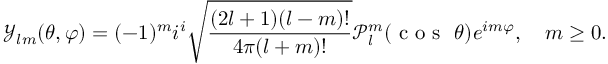
\mathcal { Y } _ { l m } ( \theta , \varphi ) = ( - 1 ) ^ { m } i ^ { i } \sqrt { \frac { ( 2 l + 1 ) ( l - m ) ! } { 4 \pi ( l + m ) ! } } \mathcal { P } _ { l } ^ { m } ( \textrm { c o s } \ \theta ) e ^ { i m \varphi } , \quad m \ge 0 .